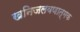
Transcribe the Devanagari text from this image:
खनिजलवणात्मक